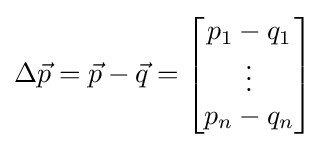
\Delta {\vec {p}}={\vec {p}}-{\vec {q}}={\begin{bmatrix}p_{1}-q_{1}\\\vdots \\p_{n}-q_{n}\end{bmatrix}}